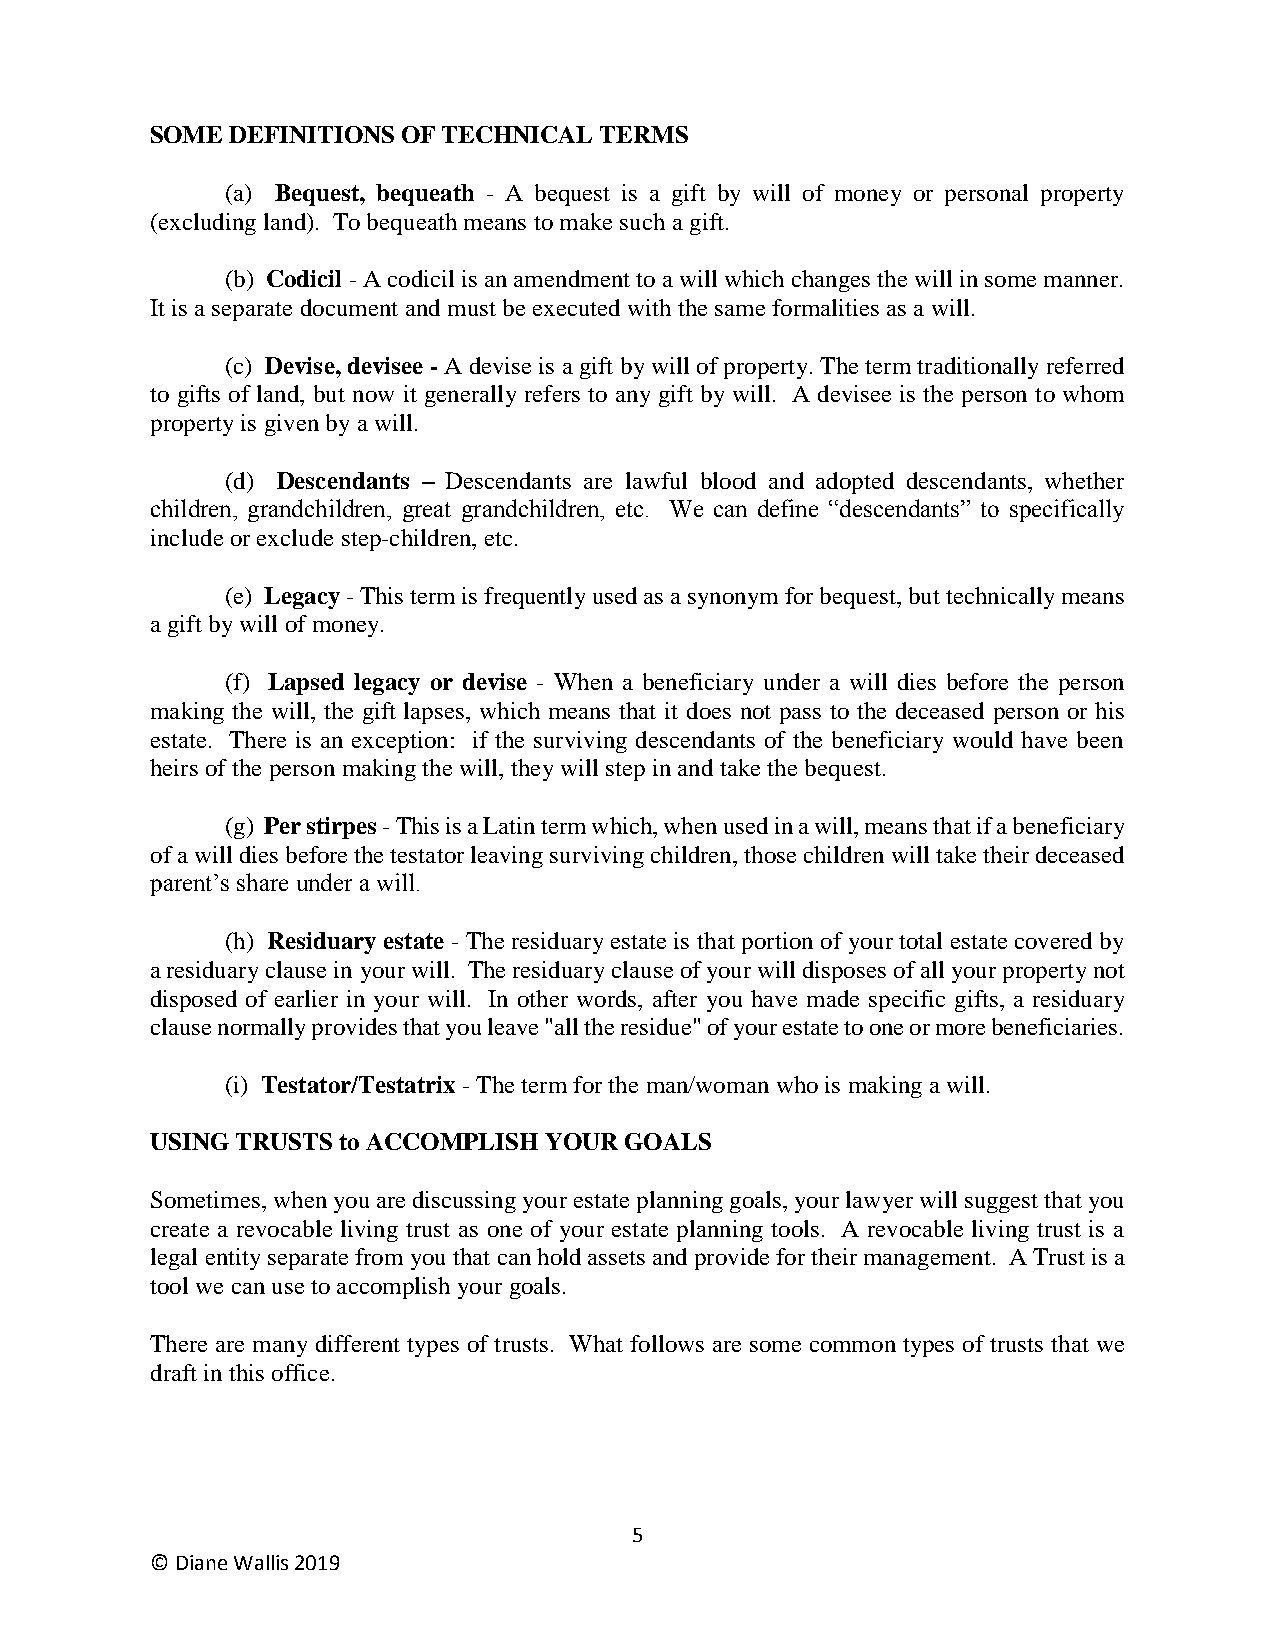
SOME DEFINITIONS OF TECHNICAL TERMS
 (a) Bequest, bequeath - A bequest is a gift by will of money or personal property
 (excluding land). To bequeath means to make such a gift.
 (b) Codicil - A codicil is an amendment to a will which changes the will in some manner.
 It is a separate document and must be executed with the same formalities as a will.
 (c) Devise, devisee - A devise is a gift by will of property. The term traditionally referred
 to gifts of land, but now it generally refers to any gift by will. A devisee is the person to whom
 property is given by a will.
 (d) Descendants – Descendants are lawful blood and adopted descendants, whether
 children, grandchildren, great grandchildren, etc. We can define “descendants” to specifically
 include or exclude step-children, etc.
 (e) Legacy - This term is frequently used as a synonym for bequest, but technically means
 a gift by will of money.
 (f) Lapsed legacy or devise - When a beneficiary under a will dies before the person
 making the will, the gift lapses, which means that it does not pass to the deceased person or his
 estate. There is an exception: if the surviving descendants of the beneficiary would have been
 heirs of the person making the will, they will step in and take the bequest.
 (g) Per stirpes - This is a Latin term which, when used in a will, means that if a beneficiary
 of a will dies before the testator leaving surviving children, those children will take their deceased
 parent’s share under a will.
 (h) Residuary estate - The residuary estate is that portion of your total estate covered by
 a residuary clause in your will. The residuary clause of your will disposes of all your property not
 disposed of earlier in your will. In other words, after you have made specific gifts, a residuary
 clause normally provides that you leave "all the residue" of your estate to one or more beneficiaries.
 (i) Testator/Testatrix - The term for the man/woman who is making a will.
 USING TRUSTS to ACCOMPLISH YOUR GOALS
 Sometimes, when you are discussing your estate planning goals, your lawyer will suggest that you
 create a revocable living trust as one of your estate planning tools. A revocable living trust is a
 legal entity separate from you that can hold assets and provide for their management. A Trust is a
 tool we can use to accomplish your goals.
 There are many different types of trusts. What follows are some common types of trusts that we
 draft in this office.
 5
 © Diane Wallis 2019